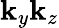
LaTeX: \mathbf{k}_{y}\mathbf{k}_{z}